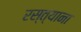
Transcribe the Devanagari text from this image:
रस्त्याना